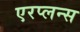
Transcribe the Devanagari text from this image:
एरप्लन्स